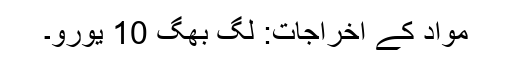
مواد کے اخراجات: لگ بھگ 10 یورو۔